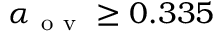
\alpha _ { \mathrm { ~ o ~ v ~ } } \geq 0 . 3 3 5